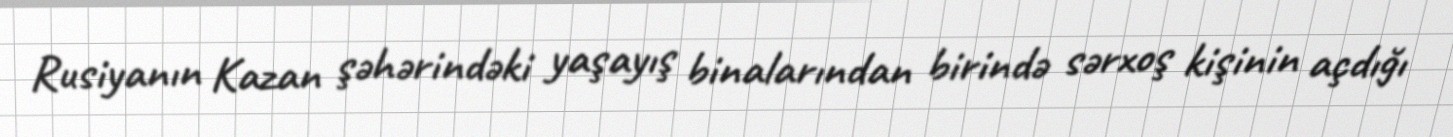
Rusiyanın Kazan şəhərindəki yaşayış binalarından birində sərxoş kişinin açdığı